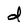
Character: d